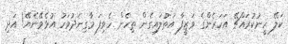
ކަލޭ ހީނުކުރައްޗޭ އަހަރެންގެ ވަޒީފާ އަތުލައިގެން ތިހެން ހެވިފަ މާގިނަދުވަހު އުޅެވޭނެޔޭ! އަދި